Vaccination report Assam 1896-1927 - 1896-1927
Year: 1896
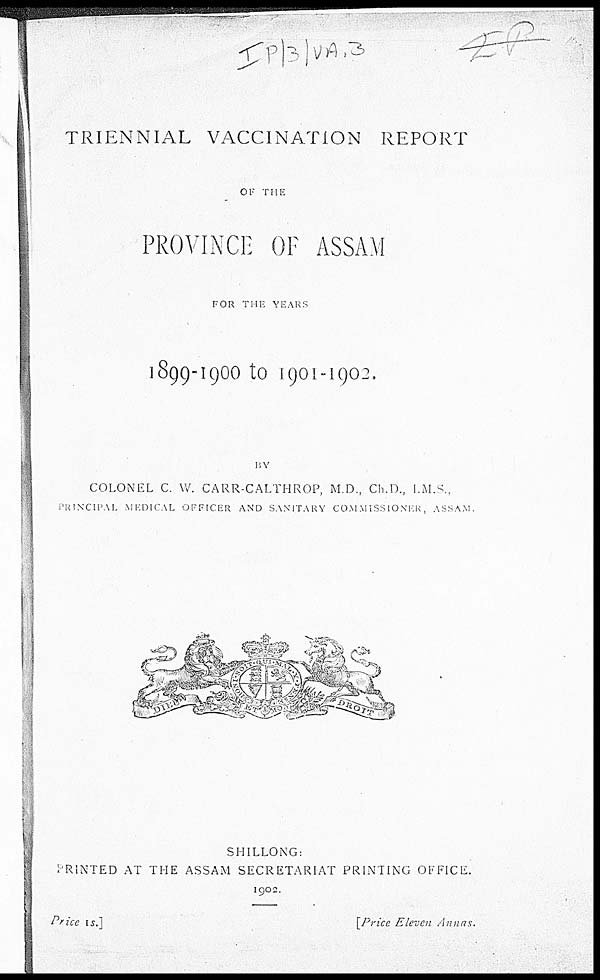
TRIENNIAL VACCINATION REPORT
OF THE
PROVINCE OF ASSAM
FOR THE YEARS
1899-1900 to 1901-1902.
BY
COLONEL C. W. CARR-CALTHROP, M.D., Ch.D., I.M.S.,
PRINCIPAL MEDICAL OFFICER AND SANITARY COMMISSIONER, ASSAM.
SHILLONG:
PRINTED AT THE ASSAM SECRETARIAT PRINTING OFFICE.
1902.
Price is.]
[Price Eleven Annas.